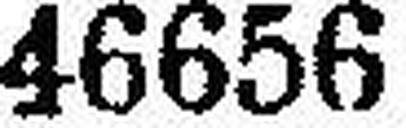
46656